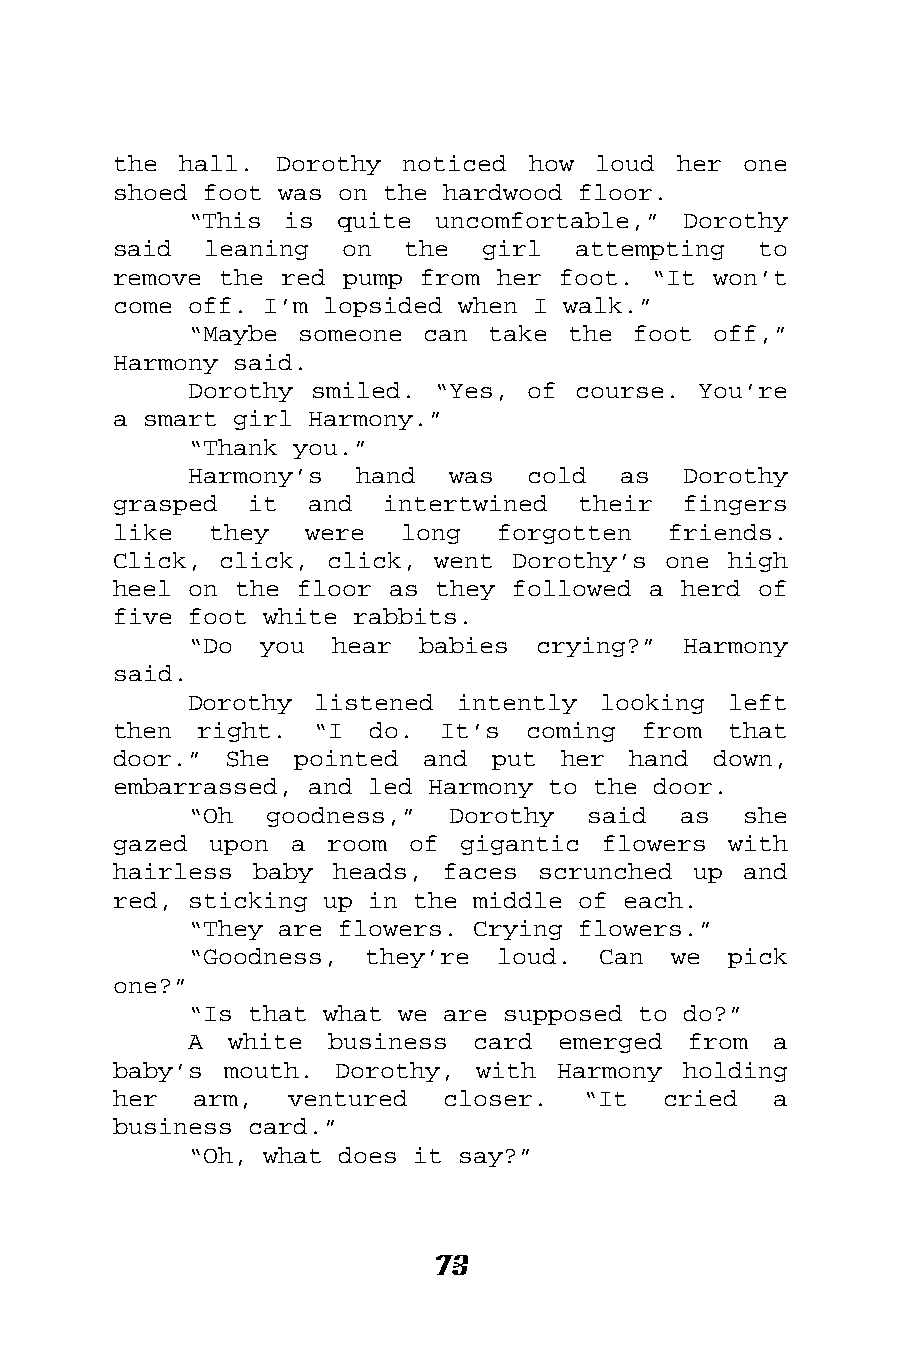
the hall.  Dorothy noticed how  loud her  one
 shoed foot was on the hardwood floor.
 “This is  quite uncomfortable,”  Dorothy
 said  leaning  on  the  girl  attempting   to
 remove the red pump from her foot. “It  won’t
 come off. I’m lopsided when I walk.”
 “Maybe someone can  take the foot  off,”
 Harmony said.
 Dorothy smiled. “Yes, of course.  You’re
 a smart girl Harmony.”
 “Thank you.”
 Harmony’s  hand  was  cold  as   Dorothy
 grasped  it  and  intertwined  their  fingers
 like  they   were  long  forgotten   friends.
 Click, click, click, went Dorothy’s one  high
 heel on the floor as they followed a herd  of
 five foot white rabbits.
 “Do  you hear  babies  crying?”  Harmony
 said.
 Dorothy listened  intently looking  left
 then  right. “I  do.  It’s coming  from  that
 door.” She  pointed and  put  her hand  down,
 embarrassed, and led Harmony to the door.
 “Oh  goodness,”  Dorothy  said  as   she
 gazed upon  a room of  gigantic flowers  with
 hairless baby heads,  faces scrunched up  and
 red, sticking up in the middle of each.
 “They are flowers. Crying flowers.”
 “Goodness,  they’re loud.  Can  we  pick
 one?”
 “Is that what we are supposed to do?”
 A white  business  card emerged  from  a
 baby’s mouth.  Dorothy, with Harmony  holding
 her  arm,  ventured   closer.  “It  cried   a
 business card.”
 “Oh, what does it say?”
 73